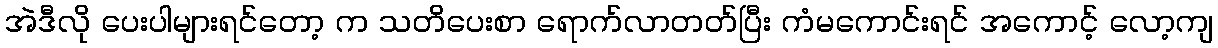
အဲဒီလို ပေးပါများရင်တော့ က သတိပေးစာ ရောက်လာတတ်ပြီး ကံမကောင်းရင် အကောင့် လော့ကျ